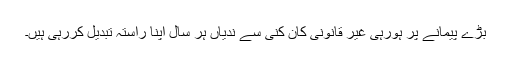
بڑے پیمانے پر ہورہی غیر قانونی کان کنی سے ندیاں ہر سال اپنا راستہ تبدیل کررہی ہیں۔